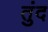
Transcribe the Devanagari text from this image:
तुंद